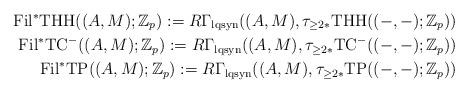
LaTeX: \begin{align*} {\rm Fil}^*{\rm THH}((A, M) ; {\Bbb Z}_p) := R\Gamma_{\rm lqsyn}((A, M), \tau_{\ge 2*}{\rm THH}((-, -) ; {\Bbb Z}_p)) \\ {\rm Fil}^*{\rm TC}^-((A, M) ; {\Bbb Z}_p) := R\Gamma_{\rm lqsyn}((A, M), \tau_{\ge 2*}{\rm TC}^-((-, -) ; {\Bbb Z}_p)) \\ {\rm Fil}^*{\rm TP}((A, M) ; {\Bbb Z}_p) := R\Gamma_{\rm lqsyn}((A, M), \tau_{\ge 2*}{\rm TP}((-, -) ; {\Bbb Z}_p))\end{align*}